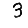
Digit: 3